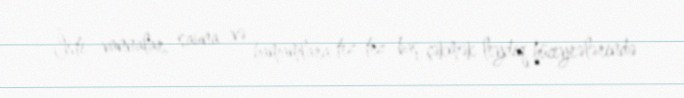
İsti vannalar, sauna və hamamlara tez-tez baş çəkmək leydiq hüceyrələrində